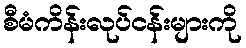
စီမံကိန်းလုပ်ငန်းများကို